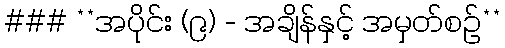
### **အပိုင်း (၉) - အချိန်နှင့် အမှတ်စဉ်**